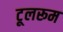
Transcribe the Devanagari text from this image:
टूलरूम